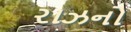
રાઝનો